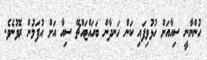
ހުންނާނީ ސިއާއަށް ހުޅުވިފައި ކަން ހަނދާން ބަހައްޓައްޗޭ ސިއާ އަށް އުފަލުން ރޮވުނެވެ.